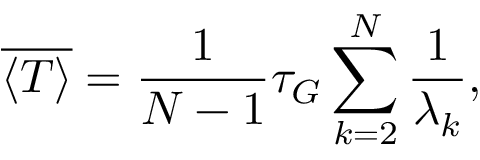
\overline { { \langle T \rangle } } = \frac { 1 } { N - 1 } \tau _ { G } \sum _ { k = 2 } ^ { N } \frac { 1 } { \lambda _ { k } } ,